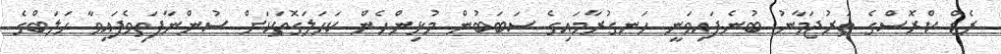
ރެޑް ކްރޮސްގެ ތަރުޖަމާނު ބުނެފައިވަނީ ހަނގުރާމައިގެ ސަބަބުން މުޅިންހެން ކަހަލަގޮތަކަށް ސުންނާފަތިވެފައިވާ ހަލަބްގެ